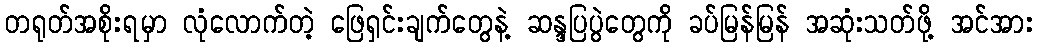
တရုတ်အစိုးရမှာ လုံလောက်တဲ့ ဖြေရှင်းချက်တွေနဲ့ ဆန္ဒပြပွဲတွေကို ခပ်မြန်မြန် အဆုံးသတ်ဖို့ အင်အား